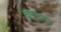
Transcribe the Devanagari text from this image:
चलनास